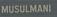
musulmani